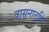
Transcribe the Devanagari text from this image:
वासनातृप्ति